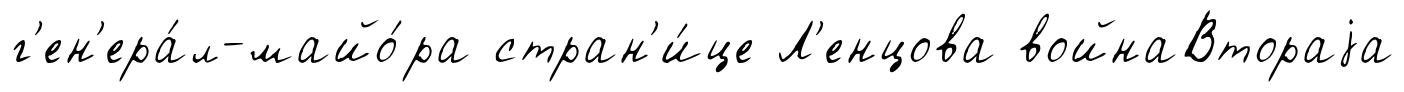
г'ен'ера́л-майо́ра стран'и́це Л'енцова войнаВтораjа